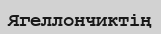
Ягеллончиктің